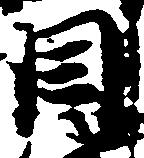
目